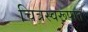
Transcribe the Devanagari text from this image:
चित्रस्वरूपात